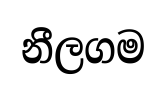
නීලගම